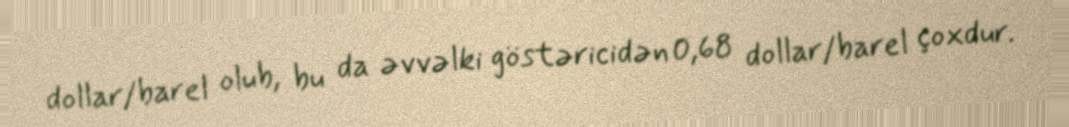
dollar/barel olub, bu da əvvəlki göstəricidən 0,68 dollar/barel çoxdur.